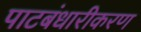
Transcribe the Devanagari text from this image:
पाटबंधारीकरण